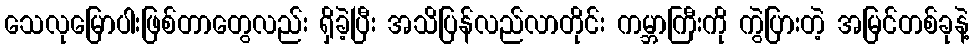
သေလုမြောပါးဖြစ်တာတွေလည်း ရှိခဲ့ပြီး အသိပြန်လည်လာတိုင်း ကမ္ဘာကြီးကို ကွဲပြားတဲ့ အမြင်တစ်ခုနဲ့